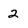
Character: 2